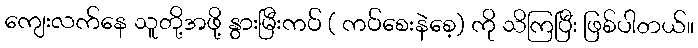
ကျေးလက်နေ သူတို့အဖို့ နွားမြီးကပ် ( ကပ်စေးနဲစေ့) ကို သိကြပြီး ဖြစ်ပါတယ်။